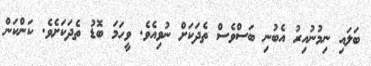
ބަލައި ނިމުނުއިރު އެބުނި ބަސްވެސް ތެދަކަށް ނުވިއެވެ. ވީހަމަ ބޮޑު ތެދަކަށެވެ. ކަންކަން